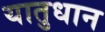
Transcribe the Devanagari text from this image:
यातुधान